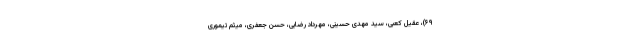
۶۹)، عقیل کعبی، سید مهدی حسینی، مهرداد رضایی، حسن جعفری، میثم تیموری